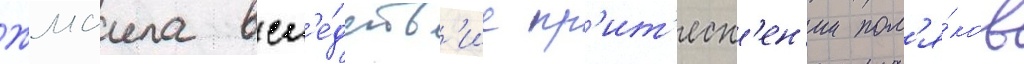
Жмаила всл'е́дств'ие пр'ит'есн'ен'ии пол'я́ков